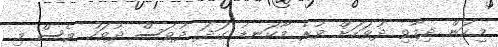
މިކަން ދިމާވި ދުވަހަށް ވުރެ މާކަނޑު ގަދަ ދުވަސް ދުވަހު ވެސް މި